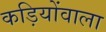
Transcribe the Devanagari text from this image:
कड़ियोंवाला